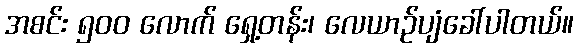
အစင်း ၅၀၀ လောက် ရှေ့တန်း၊ လေယာဉ်ပျံခေါ်ပါတယ်။